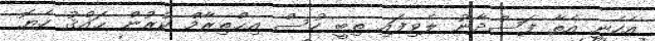
އެހެނީ އެތާ ފަސްދާނު ލެވިފައި ތިބީ ހުސް އިޙްތިރާމް ކުރުން ޙައްޤު ހެޔޮ